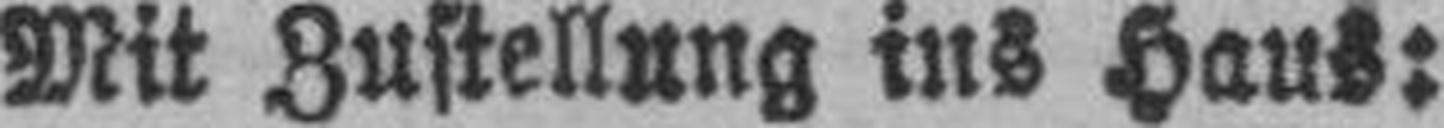
Mit Zustellung ins Haus: